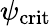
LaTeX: \psi_{\mathrm{crit}}